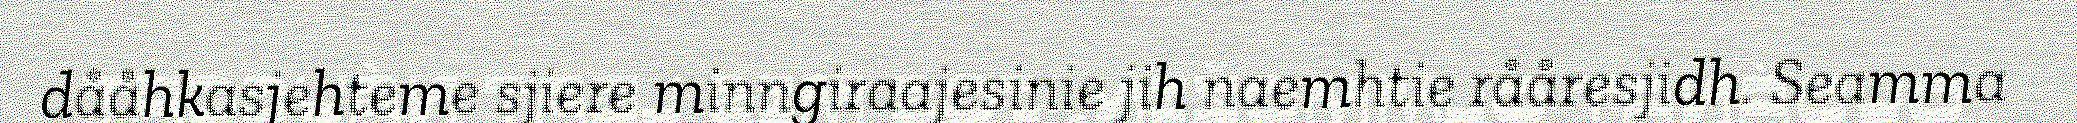
dååhkasjehteme sjiere minngiraajesinie jih naemhtie rååresjidh. Seamma